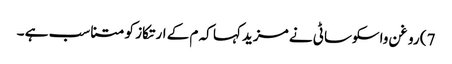
7) روغن واسکوساٹی نے مزید کہا کہ م کے ارتکاز کو متناسب ہے ۔